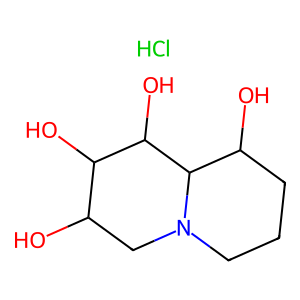
SMILES: Cl.OC1CN2CCCC(O)C2C(O)C1O
Inhibits HIV replication: No